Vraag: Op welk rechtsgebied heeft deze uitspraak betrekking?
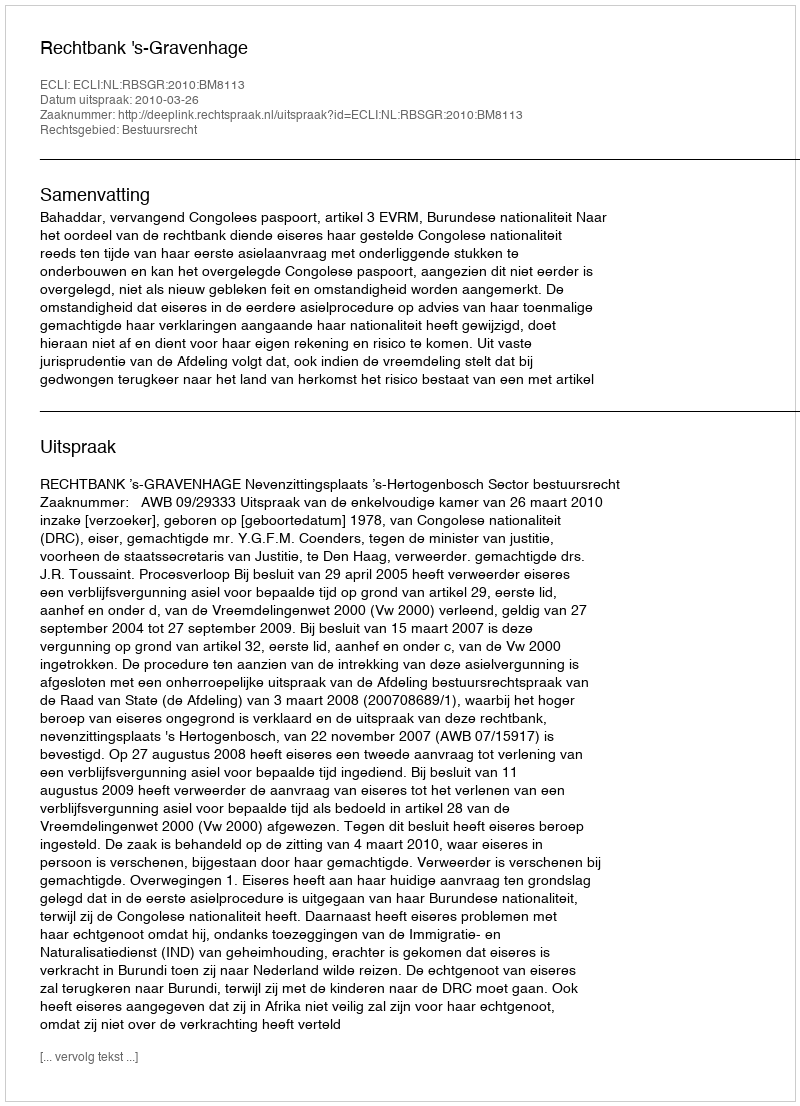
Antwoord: Bestuursrecht